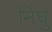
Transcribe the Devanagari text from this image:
निघु